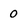
Character: 0